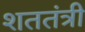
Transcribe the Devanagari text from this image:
शततंत्री